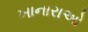
ખાનારાઓ